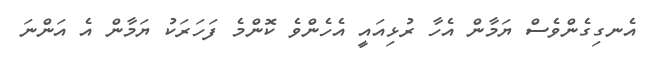
އެނގިގެންވެސް ޔަމާން އެހާ ރުޅިއައީ އެހެންވެ ކޮންމެ ފަހަރަކު ޔަމާން އެ އަންނަ